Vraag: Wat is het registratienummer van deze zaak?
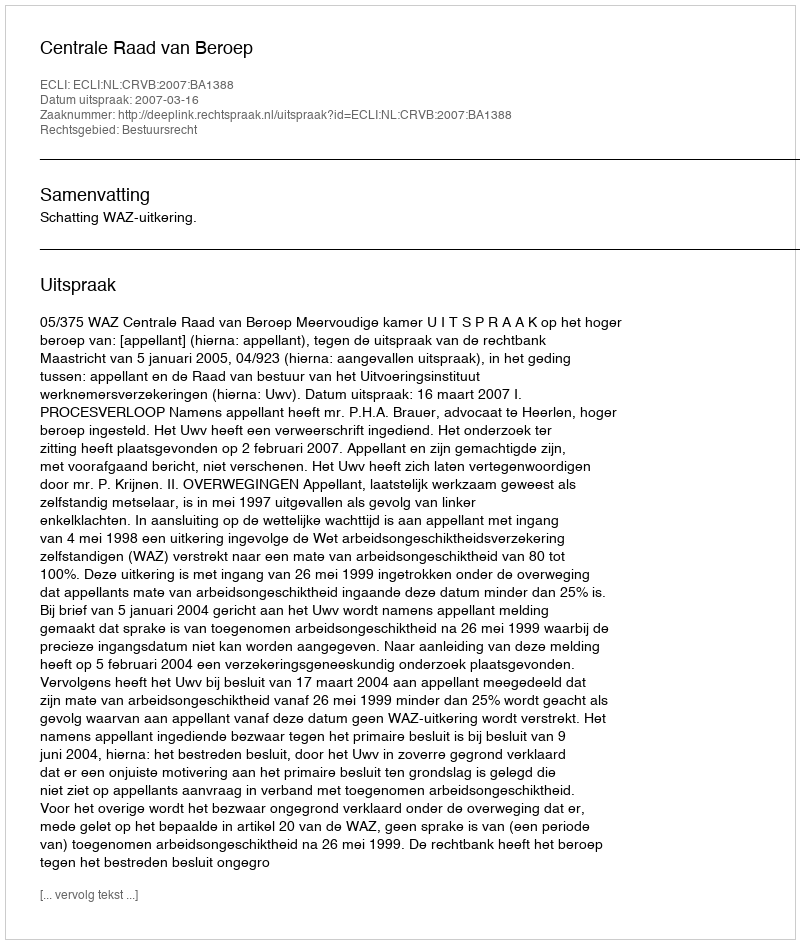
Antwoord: http://deeplink.rechtspraak.nl/uitspraak?id=ECLI:NL:CRVB:2007:BA1388